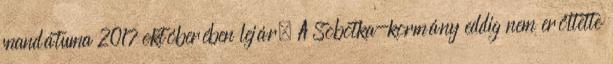
mandátuma 2017 októberében lejár. A Sobotka-kormány eddig nem erőltette